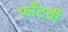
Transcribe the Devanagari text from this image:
फाँटची